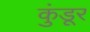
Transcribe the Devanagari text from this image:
कुंडूर